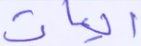
آيات